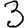
Digit: 3